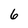
Character: 6